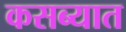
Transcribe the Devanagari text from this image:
कसब्यात